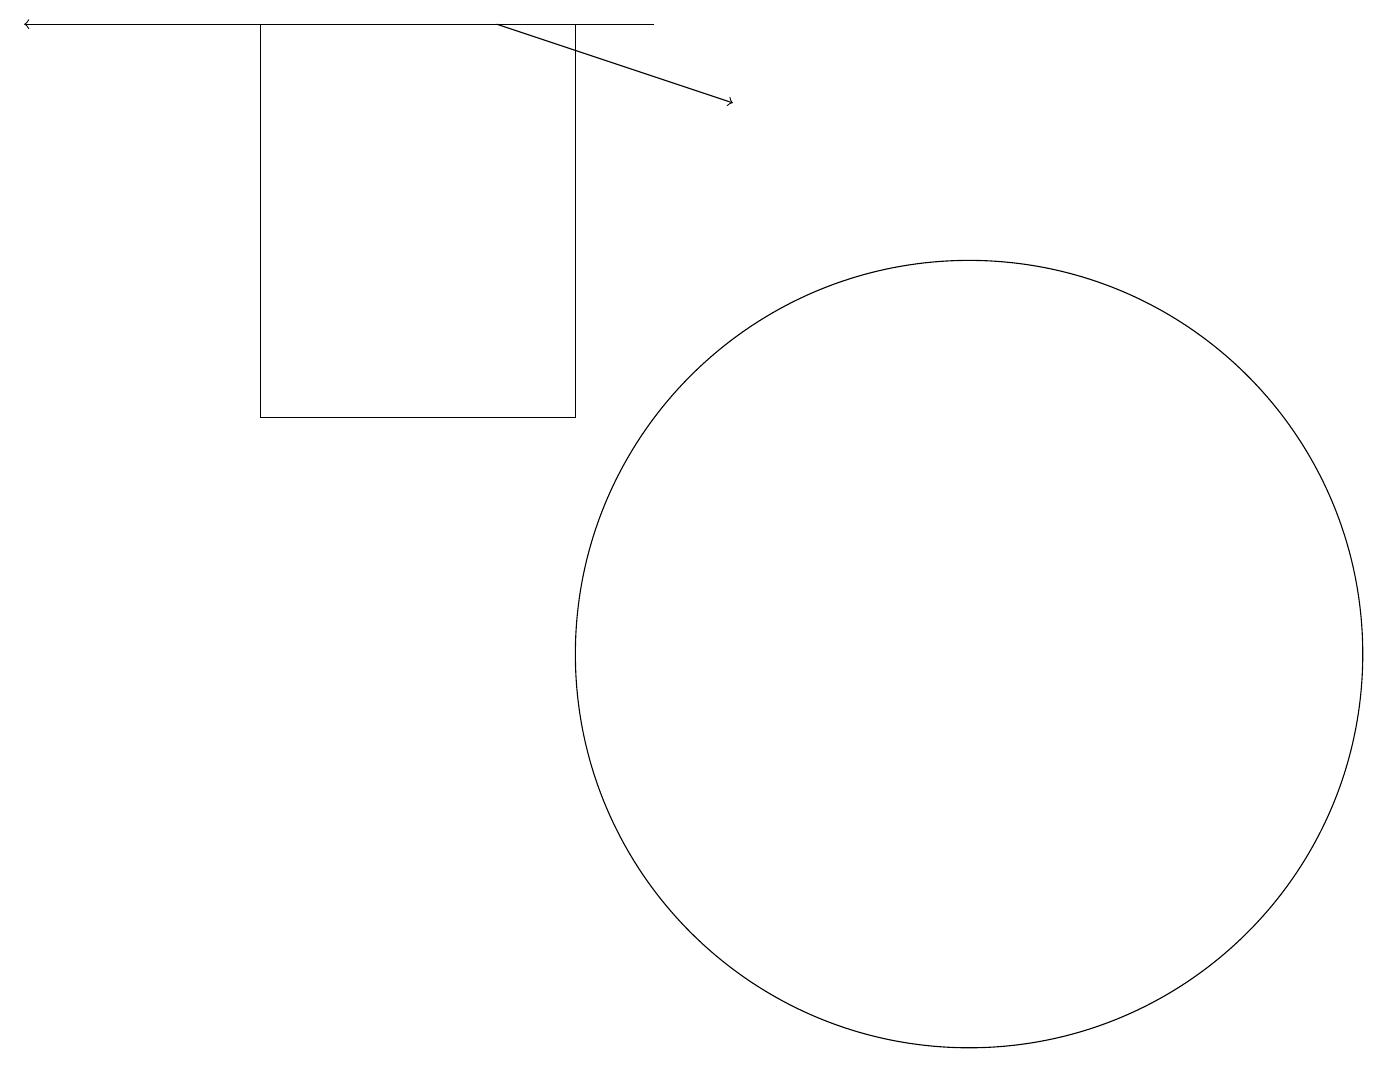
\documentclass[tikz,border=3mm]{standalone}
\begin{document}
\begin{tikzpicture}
\draw (12,10) circle (5);
\draw (7,13) rectangle (3,18);
\draw (11,11) circle (0);
\draw[->] (6,18) -- (9,17);
\draw[->] (8,18) -- (0,18);
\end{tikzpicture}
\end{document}